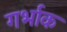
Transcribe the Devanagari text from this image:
गर्भाक